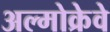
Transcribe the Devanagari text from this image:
अल्मोक्रेवे